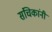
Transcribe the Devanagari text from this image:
संचिकांनी